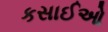
કસાઈઓ